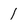
Character: 1